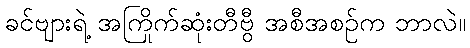
ခင်ဗျားရဲ့ အကြိုက်ဆုံးတီဗွီ အစီအစဉ်က ဘာလဲ။